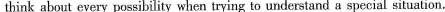
think about every possibility when trying to understand a special situation.